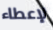
لإعطاء